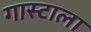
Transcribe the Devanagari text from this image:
गास्टाला